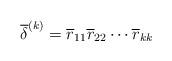
LaTeX: \begin{align*}\overline{\delta}^{(k)}=\overline{r}_{11}\overline{r}_{22}\cdots\overline{r}_{kk}\end{align*}